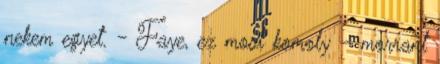
nekem egyet. - Faye, ez most komoly – morrant